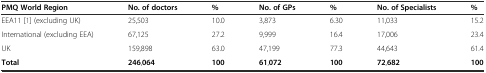
| PMQ World Region | No. of doctors | % | No. of GPs | % | No. of Specialists | % |
 | --- | --- | --- | --- | --- | --- | --- |
 | EEA11 [1] (excluding UK) | 25,503 | 10.0 | 3,873 | 6.30 | 11,033 | 15.2 |
 | International (excluding EEA) | 67,125 | 27.2 | 9,999 | 16.4 | 17,006 | 23.4 |
 | UK | 159,898 | 63.0 | 47,199 | 77.3 | 44,643 | 61.4 |
 | Total | 246,064 | 100 | 61,072 | 100 | 72,682 | 100 |